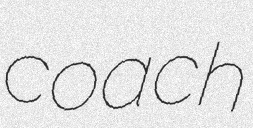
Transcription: coach